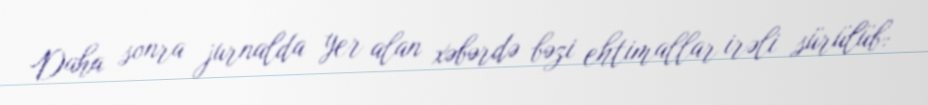
Daha sonra jurnalda yer alan xəbərdə bəzi ehtimallar irəli sürülüb: